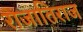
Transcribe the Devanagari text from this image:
राजातिराज